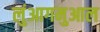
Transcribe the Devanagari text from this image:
लुंआगमुआल